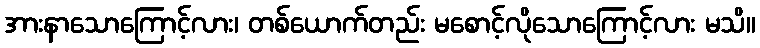
အားနာသောကြောင့်လား၊ တစ်ယောက်တည်း မစောင့်လိုသောကြောင့်လား မသိ။